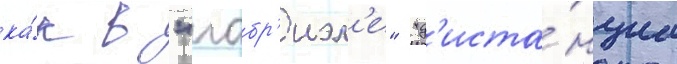
ка́к в "габр'иэл'е" "д'иста́нциа